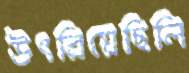
উৎরিয়েছিলি